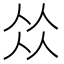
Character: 𠈌